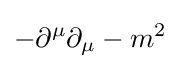
-\partial ^{\mu }\partial _{\mu }-m^{2}